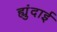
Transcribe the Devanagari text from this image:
ह्युंदाई